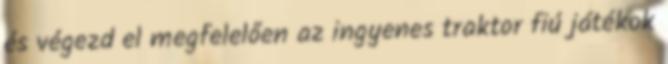
és végezd el megfelelően az ingyenes traktor fiú játékok